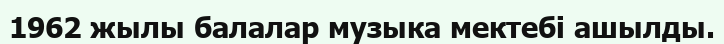
1962 жылы балалар музыка мектебі ашылды.